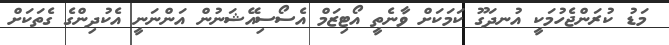
މަޑު ކުރަންޖެހުމަކީ އުނދަގޫ ކަމަކަށް ވާނެތީ އޯޓިޒަމް އެސޯސިއޭޝަނުން އަންނަނީ އެކުދިންގެ ގެތަކަށް